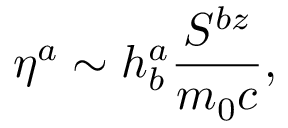
\eta ^ { a } \sim h _ { b } ^ { a } \frac { S ^ { b z } } { m _ { 0 } c } ,